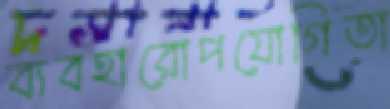
ব্যবহারোপযোগিতা